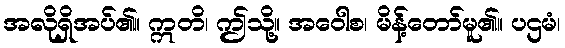
အလိုရှိအပ်၏။ ဣတိ၊ ဤသို့။ အဝေါစ၊ မိန့်တော်မူ၏။ ပဌမံ၊